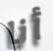
أنا